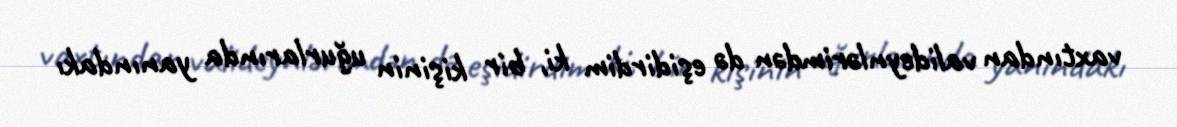
vaxtından valideynlərimdən də eşidirdim ki, bir kişinin uğurlarında yanındakı